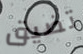
تضيق